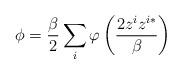
LaTeX: \begin{align*}\phi =\frac{\beta}{2}\sum\limits_{i}^{}\varphi \left( \frac{2z^iz^{i*}}{\beta}\right)\end{align*}